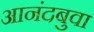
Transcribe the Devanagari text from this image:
आनंदबुवा